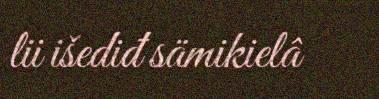
lii išediđ sämikielâ